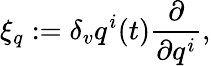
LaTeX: \xi_{q}:=\delta_{v}q^{i}(t)\frac{\partial}{\partial q^{i}},